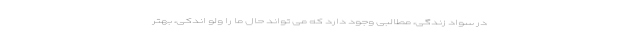
در سواد زندگی، مطالبی وجود دارد که می تواند حال ما را ولو اندکی، بهتر